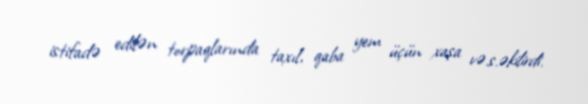
istifadə edilən torpaqlarında taxıl, qaba yem üçün xaşa və.s.əkilirdi.